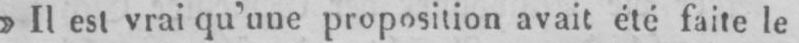
»Il est vrai qu’une proposition avait été faite le